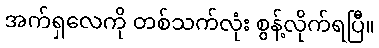
အက်ရှလေကို တစ်သက်လုံး စွန့်လိုက်ရပြီ။